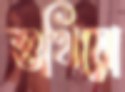
শুখিয়ো